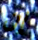
إن